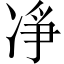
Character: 凈